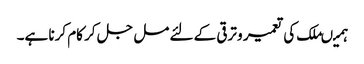
ہمیںملک کی تعمیر و ترقی کے لئے مل جل کر کام کرنا ہے۔